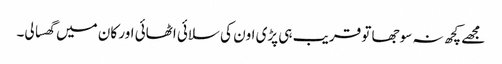
مجھے کچھ نہ سوجھا تو قریب ہی پڑی اون کی سلائی اٹھائی اور کان میں گھسا لی۔